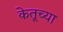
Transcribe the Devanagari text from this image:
केतूच्या